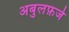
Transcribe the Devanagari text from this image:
अबुलफ़र्ज